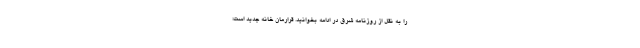
را به نقل از روزنامه شرق در ادامه بخوانید. قرارمان خانه جدید است؛